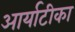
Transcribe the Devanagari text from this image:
आर्याटीका